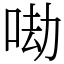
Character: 𠲵